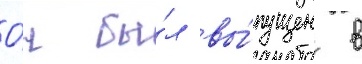
О́н бы́л вы́пущен в